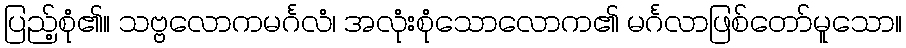
ပြည့်စုံ၏။ သဗ္ဗလောကမင်္ဂလံ၊ အလုံးစုံသောလောက၏ မင်္ဂလာဖြစ်တော်မူသော။